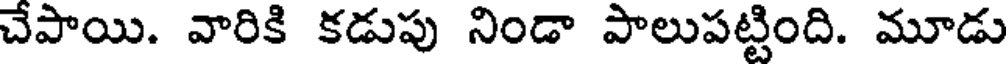
చేపాయి. వారికి కడుపు నిండా పాలుపట్టింది. మూడు